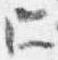
所